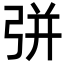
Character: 𢏳